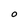
Character: O